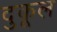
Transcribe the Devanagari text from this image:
दुकूल